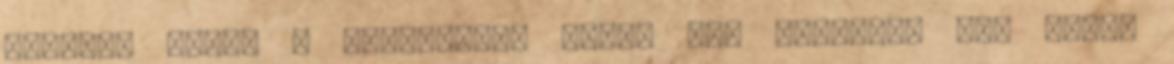
kezdtem várni a karácsonyi részt :DD januárig nem tudom